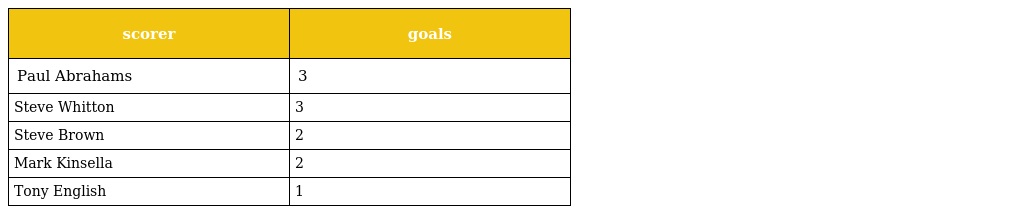
| scorer | goals |
 | --- | --- |
 | Paul Abrahams | 3 |
 | Steve Whitton | 3 |
 | Steve Brown | 2 |
 | Mark Kinsella | 2 |
 | Tony English | 1 |